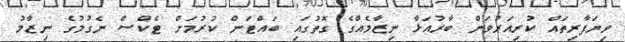
ވިޔަފާރިތައް ކުރިއަރުވަން ބާރުއަޅާ ނިޒާމެއްގެ ގޮތުގައި ބައްޓަން ކުރުމަށް ޓެކްސް ނެގުމުގެ ނިޒާމު